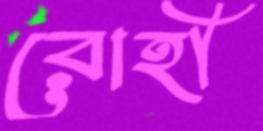
রোহী